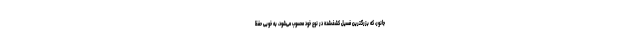
جانور، که بزرگترین فسیل کشف‌شده در نوع خود محسوب می‌شود، به خوبی حفظ